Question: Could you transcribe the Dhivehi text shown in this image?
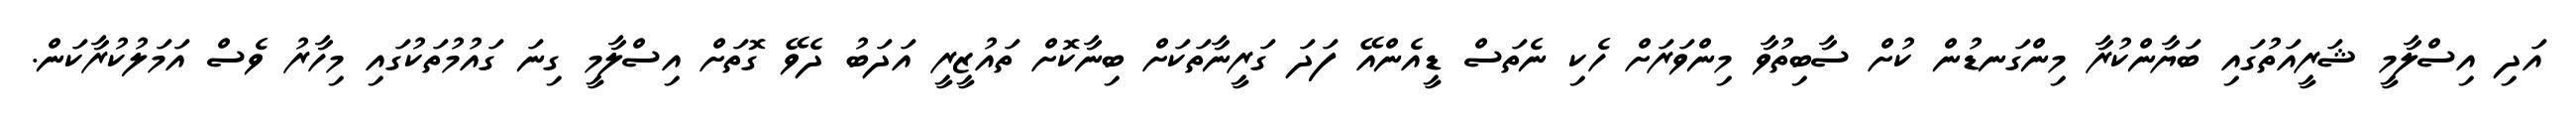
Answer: އަދި އިސްލާމީ ޝަރީއަތުގައި ބަޔާންކުރާ މިންގަނޑުން ކުށް ސާބިތުވާ މިންވަރަށް ހެކި ނެތަސް ޑީއެންއޭ ފަދަ ގަރީނާތަކަށް ބިނާކޮށް ތައުޒީރީ އަދަބު ދެވޭ ގޮތަށް އިސްލާމީ ގިނަ ގައުމުތަކުގައި މިހާރު ވެސް އަމަލުކުރާކަން.